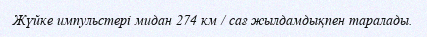
Жүйке импульстері мидан 274 км / сағ жылдамдықпен таралады.